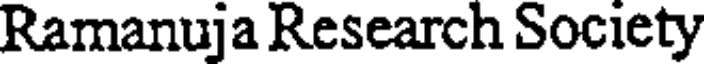
Ramanuja Research Society